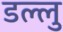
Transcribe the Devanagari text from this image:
डल्लु